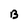
Character: B